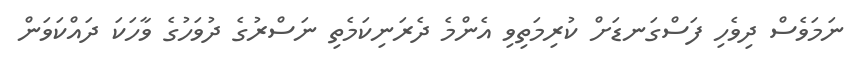
ނަމަވެސް ދިވެހި ފަސްގަނޑަށް ކުރިމަތިވި އެންމެ ދެރަނިކަމެތި ނަސްރުގެ ދުވަހުގެ ވާހަކަ ދައްކަވަން